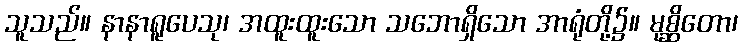
သူသည်။ နာနာရူပေသု၊ အထူးထူးသော သဘောရှိသော အာရုံတို့၌။ မုစ္ဆိတော၊